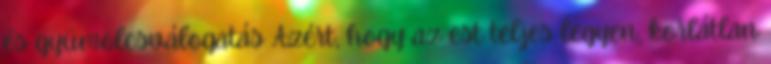
és gyümölcsválogatás Azért, hogy az est teljes legyen, korlátlan